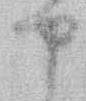
や